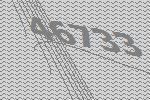
46733